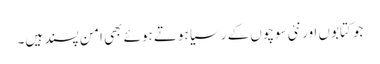
جو کتابوں اور نئی سوچوں کے رسیا ہوتے ہوئے بھی امن پسند ہیں۔